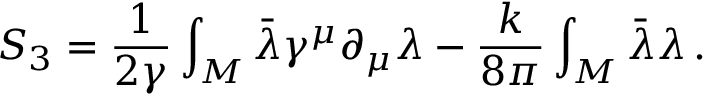
S _ { 3 } = \frac { 1 } { 2 \gamma } \int _ { \cal M } \bar { \lambda } \gamma ^ { \mu } \partial _ { \mu } \lambda - \frac { k } { 8 \pi } \int _ { \cal M } \bar { \lambda } \lambda \, .